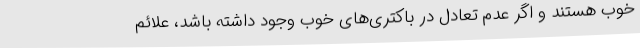
خوب هستند و اگر عدم تعادل در باکتری‌های خوب وجود داشته باشد، علائم